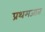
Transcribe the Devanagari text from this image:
प्रथमजात